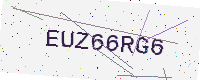
Text: EUZ66RG6